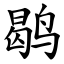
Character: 鹖